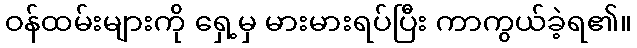
ဝန်ထမ်းများကို ရှေ့မှ မားမားရပ်ပြီး ကာကွယ်ခဲ့ရ၏။